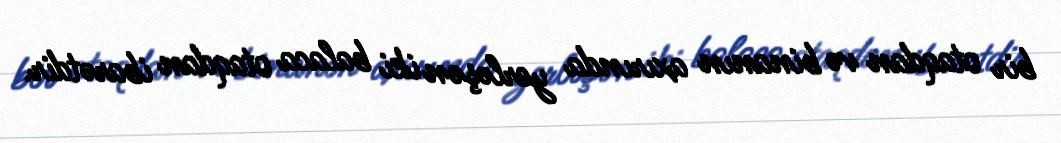
bir otaqdan və binanın axırında yerləşən iki balaca otaqdan ibarətdir.